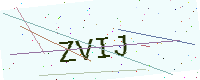
Text: ZVIJ